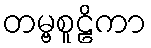
တမ္ဗစူဠိကာ